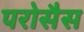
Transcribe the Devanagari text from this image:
परोसैस